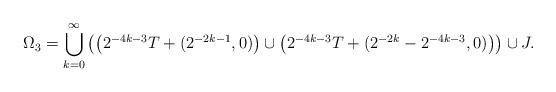
LaTeX: \begin{align*}\Omega_3 = \bigcup_{k=0}^\infty \left(\left(2^{-4k-3}T+(2^{-2k-1},0)\right) \cup \left(2^{-4k-3}T + (2^{-2k} -2^{-4k-3},0)\right)\right)\cup J.\end{align*}